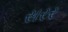
સરર